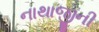
નાથાજીની